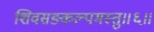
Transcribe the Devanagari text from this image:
शिवसङ्कल्पमस्तु॥६॥